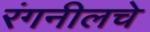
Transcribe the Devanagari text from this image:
रंगनीलचे